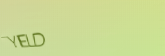
YIELD